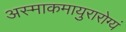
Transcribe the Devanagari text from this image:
अस्माकमायुरारोग्यं